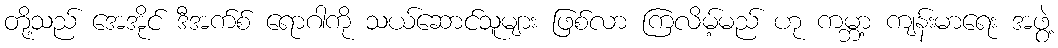
တို့သည် အေအိုင် ဒီအက်စ် ရောဂါကို သယ်ဆောင်သူများ ဖြစ်လာ ကြလိမ့်မည် ဟု ကမ္ဘာ့ ကျန်းမာရေး အဖွဲ့